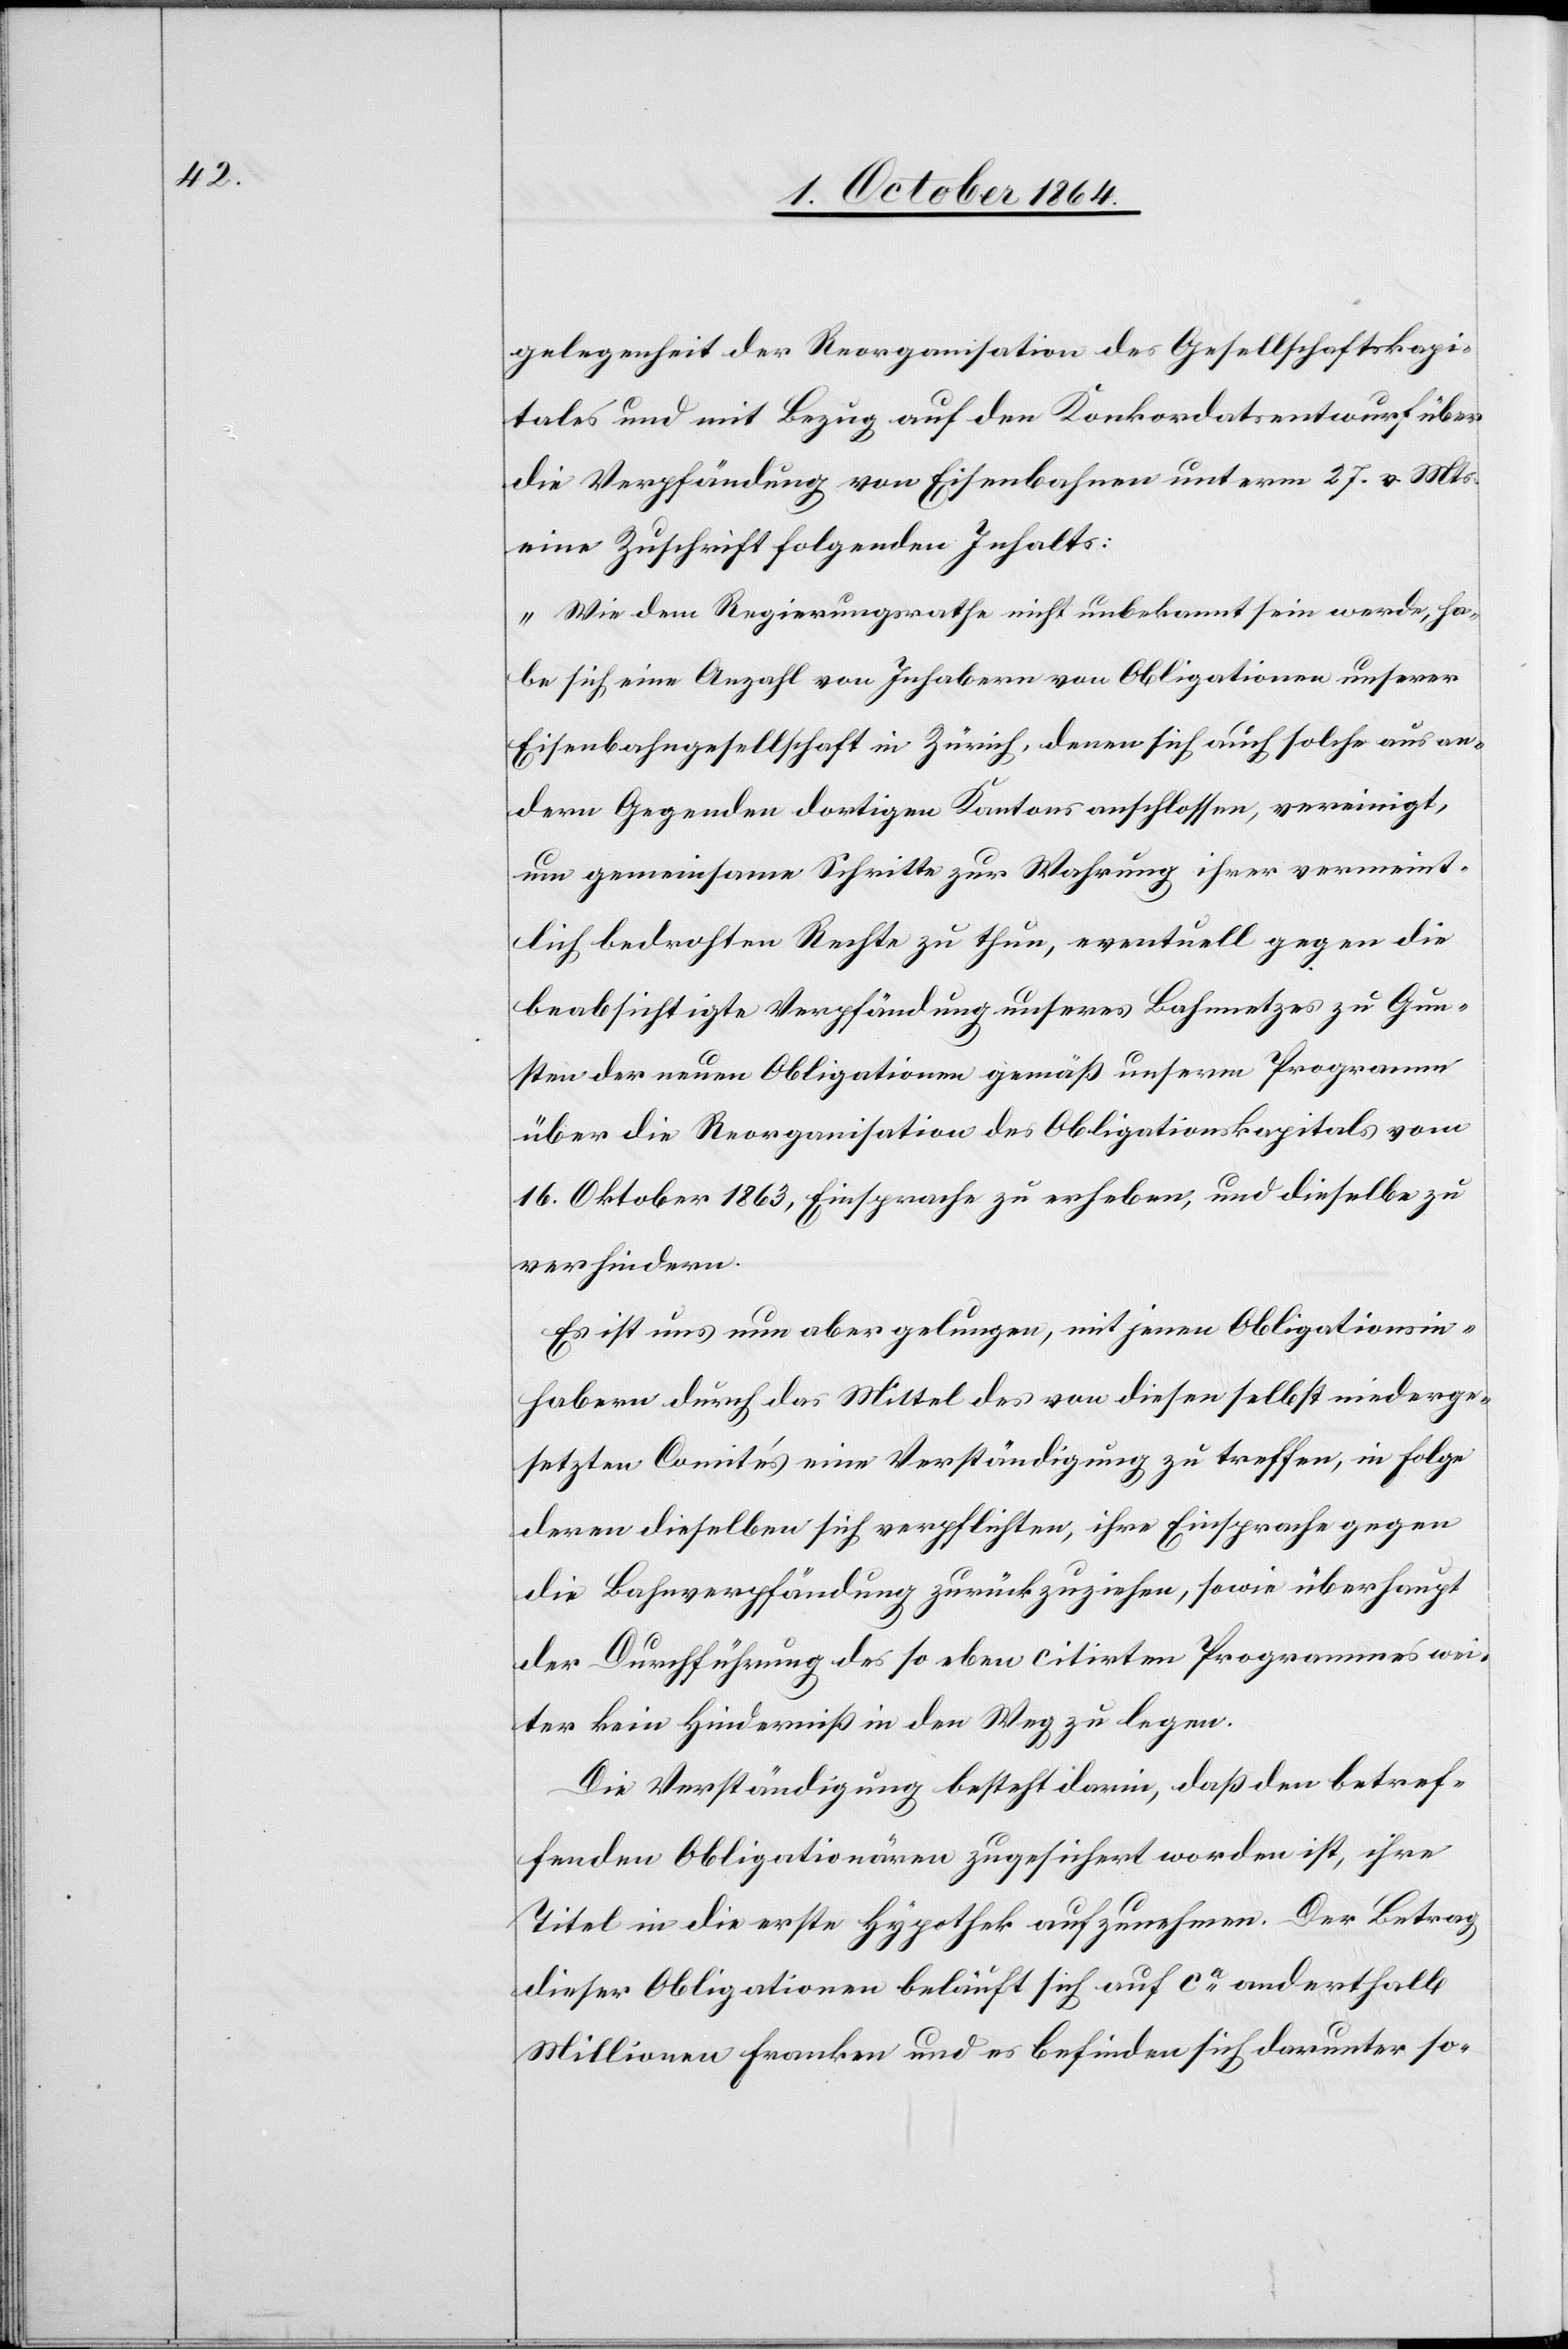
gelegenheit der Reorganisation des Gesellschaftskapi¬
tales und mit Bezug auf den Konkordatsentwurf über
die Verpfändung von Eisenbahnen unterm 27. v. Mts.
eine Zuschrift folgenden Inhalts:
„Wie dem Regierungsrathe nicht unbekannt sein werde, ha¬
be sich eine Anzahl von Inhabern von Obligationen unserer
Eisenbahngesellschaft in Zürich, denen sich auch solche aus an¬
dern Gegenden dortigen Kantons anschlossen, vereinigt,
um gemeinsam Schritte zur Wahrung ihrer vermeint¬
lich bedrohten Rechte zu thun, eventuell gegen die
beabsichtigte Verpfändung unseres Bahnnetzes zu Gun¬
sten der neuen Obligationen gemäß unserm Programm
über die Reorganisation des Obligationskapitals vom
16. Oktober 1863, Einsprache zu erheben, und dieselbe zu
verhindern.
Es ist uns nun aber gelungen, mit jenen Obligationsin¬
habern durch das Mittel des von diesen selbst niederge¬
setzten Comités eine Verständigung zu treffen, in Folge
deren dieselben sich verpflichten, ihre Einsprache gegen
die Lohnverpfändung zurückzuziehen, sowie überhaupt
der Durchführung des so eben citirten Programmes wei¬
ter kein Hinderniß in den Weg zu legen.
Die Verständigung besteht darin, daß den betref¬
fenden Obligationären zugesichert worden ist, ihre
Titel in die erste Hypothek aufzunehmen. Der Betrag
dieser Obligationen beläuft sich auf ca anderthalb
Millionen Franken und es befinden sich darunter so-